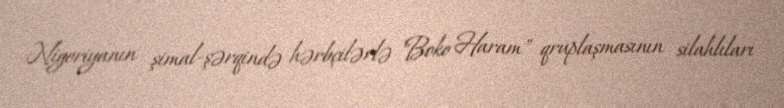
Nigeriyanın şimal-şərqində hərbçilərlə "Boko Haram" qruplaşmasının silahlıları